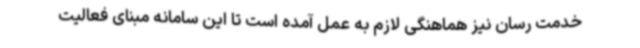
خدمت رسان نیز هماهنگی لازم به عمل آمده است تا این سامانه مبنای فعالیت